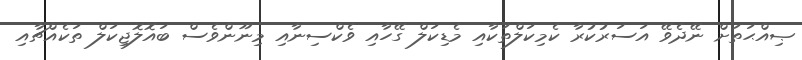
ޞިއްޙަތަށް ނޭދެވޭ އަސަރުކުރާ ކެމިކަލްތަކާއި މެޑިކަލް ގޭހާއި ވެކްސިނާއި މިނޫންވެސް ބައޮލޮޖިކަލް ތަކެއްޗާއި